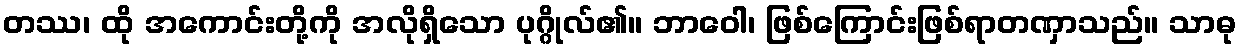
တဿ၊ ထို အကောင်းတို့ကို အလိုရှိသော ပုဂ္ဂိုလ်၏။ ဘာဝေါ၊ ဖြစ်ကြောင်းဖြစ်ရာတဏှာသည်။ သာဓု